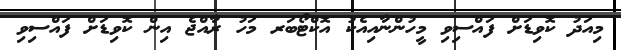
މިއަދު ކޮވިޑަށް ފައްސިވި މީހުންނާއިއެކު އޮކްޓޯބަރ މަހު ރާއްޖެ އިން ކޮވިޑަށް ފައްސިވި